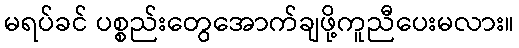
မရပ်ခင် ပစ္စည်းတွေအောက်ချဖို့ကူညီပေးမလား။